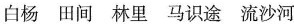
白杨 田间 林里 马识途 流沙河